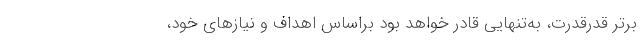
برترِ قدرقدرت، به‌تنهایی قادر خواهد بود براساس اهداف و نیازهای خود،